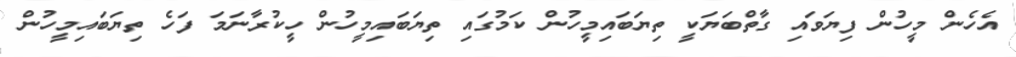
އެހެން މީހުން ފިޔަވައި ގާތްބަޔަކީ ތިޔަބައިމީހުން ކަމުގައި ތިޔަބައިމީހުން ހީކުރާނަމަ ފަހެ ތިޔަބައިމީހުން